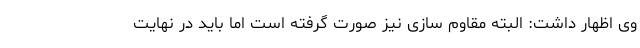
وی اظهار داشت: البته مقاوم سازی نیز صورت گرفته است اما باید در نهایت